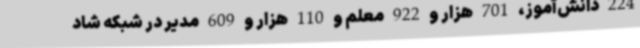
224 دانش‌آموز، 701 هزار و 922 معلم و 110 هزار و 609 مدیر در شبکه شاد